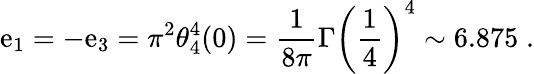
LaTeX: \mathrm{e}_{1}=-\mathrm{e}_{3}=\pi^{2}\theta_{4}^{4}(0)=\frac{{1}}{{8\pi}}\Gamma\left(\frac{{1}}{{4}}\right)^{4}\sim6.875\; .